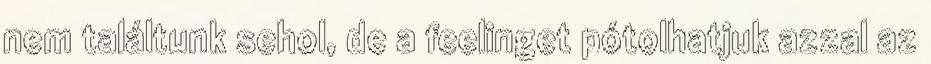
nem találtunk sehol, de a feelinget pótolhatjuk azzal az